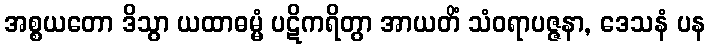
အစ္စယတော ဒိသွာ ယထာဓမ္မံ ပဋိကရိတွာ အာယတိံ သံဝရာပဇ္ဇနာ, ဒေသနံ ပန